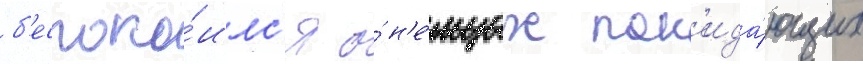
б'еспоко́илс'я о́ н'е́мцах пок'ида́ющих